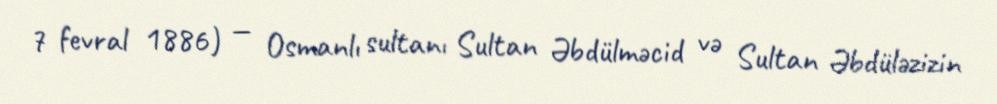
7 fevral 1886) — Osmanlı sultanı Sultan Əbdülməcid və Sultan Əbdüləzizin